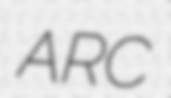
ARC